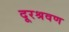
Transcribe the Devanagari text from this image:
दूरश्रवण